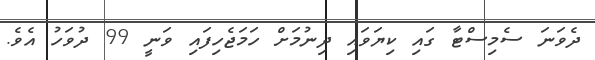
ދެވަނަ ސެމިސްޓާ ގައި ކިޔަވައި ދިނުމަށް ހަމަޖެހިފައި ވަނީ 99 ދުވަހު އެވެ.